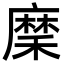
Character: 穈